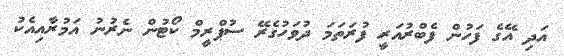
އަދި އޭގެ ފަހުން ފެބްރުއަރީ ފުރަތަމަ ދުވަހުގެރޭ ސުޕްރީމް ކޯޓުން ނެރުނު އަމުރާއިއެކު